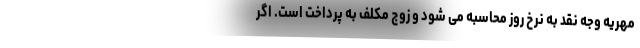
مهریه وجه نقد به نرخ روز محاسبه می شود و زوج مکلف به پرداخت است. اگر